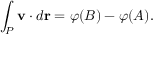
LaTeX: \int _ { P } \mathbf { v } \cdot d { \mathbf { r } } = \varphi ( B ) - \varphi ( A ) .